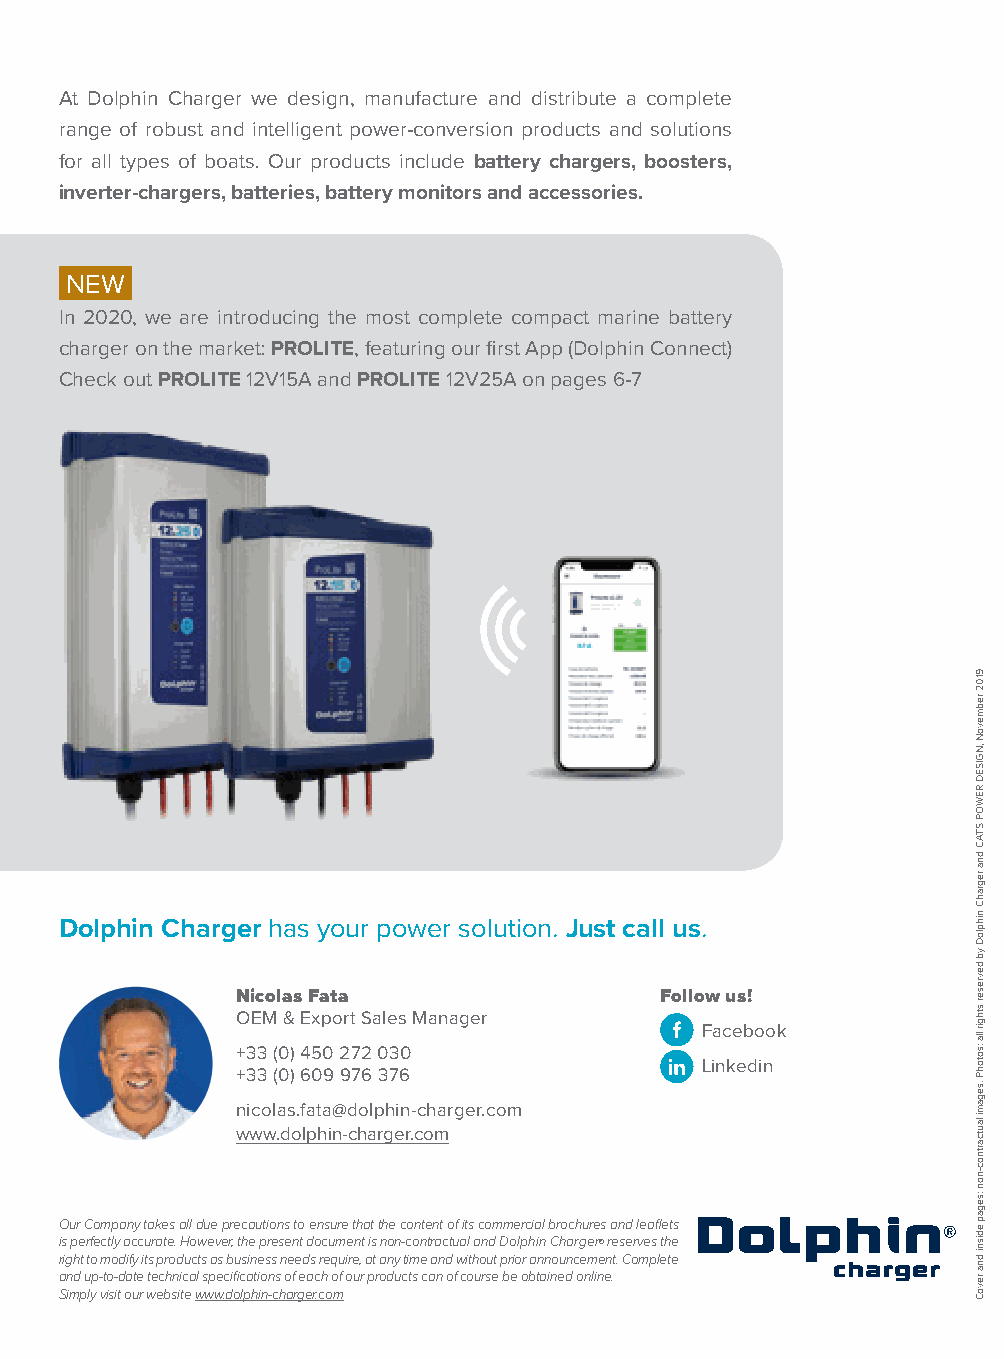
At Dolphin Charger we design, manufacture and distribute a complete
 range of robust and intelligent power-conversion products and solutions
 for all types of boats. Our products include battery chargers, boosters,
 inverter-chargers, batteries, battery monitors and accessories.
 NEW
 In 2020, we are introducing the most complete compact marine battery
 charger on the market: PROLITE, featuring our first App (Dolphin Connect)
 Check out PROLITE 12V15A and PROLITE 12V25A on pages 6-7
 Dolphin Charger has your power solution. Just call us.
 Nicolas Fata                Follow us!
 OEM & Export Sales Manager
 Facebook
 +33 (0) 450 272 030
 Linkedin
 +33 (0) 609 976 376
 n icolas.fata@dolphin-charger.com
 www.dolphin-charger.com
 Our Company takes all due precautions to ensure that the content of its commercial brochures and leaflets
 is perfectly accurate. However, the present document is non-contractual and Dolphin Charger© reserves the
 right to modify its products as business needs require, at any time and without prior announcement. Complete
 and up-to-date technical specifications of each of our products can of course be obtained online.
 Simply visit our website www.dolphin-charger.com
 9102
 rebmevoN
 ,NGISED
 REWOP
 STAC
 dna
 regrahC
 nihploD
 yb
 devreser
 sthgir
 lla
 :sotohP
 .segami
 lautcartnoc-non
 :segap
 edisni
 dna
 revoC